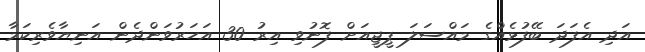
އަދި އެފަދަ ބޭފުޅެއްގެ މައްސަލަ ޕީޖީއަށް ފޮނުވި އިރު 30 އަހަރުވަންދެން އަނިޔާވެރިކަމާ